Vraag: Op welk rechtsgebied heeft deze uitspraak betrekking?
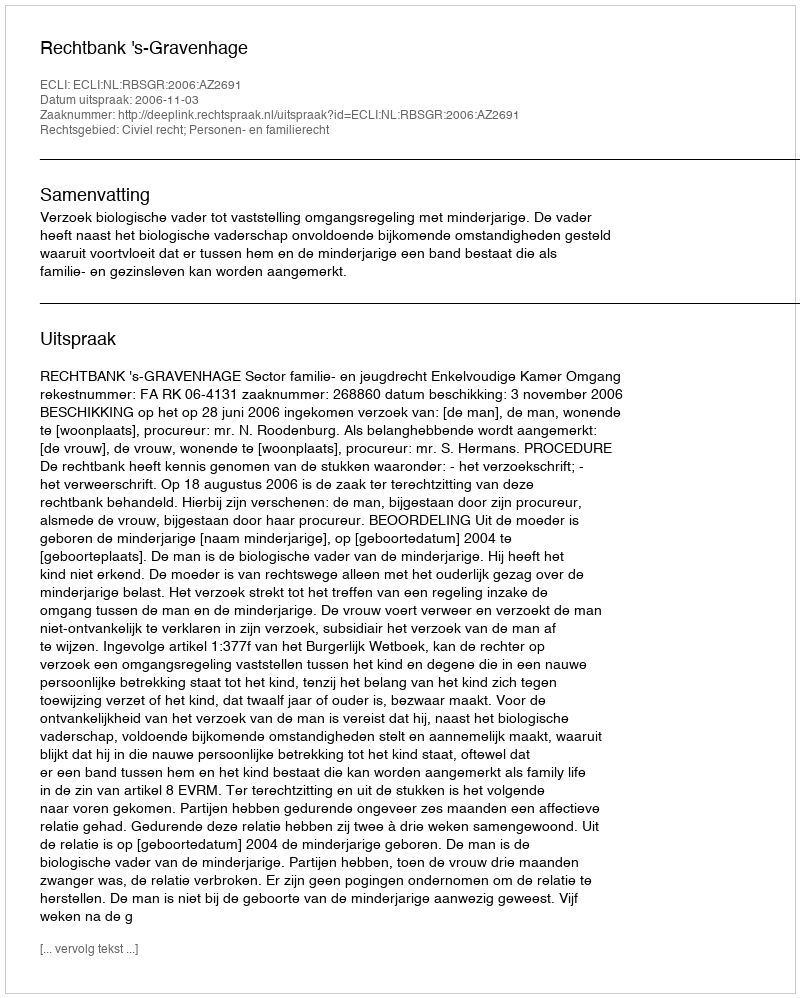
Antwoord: Civiel recht; Personen- en familierecht